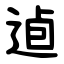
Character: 逌